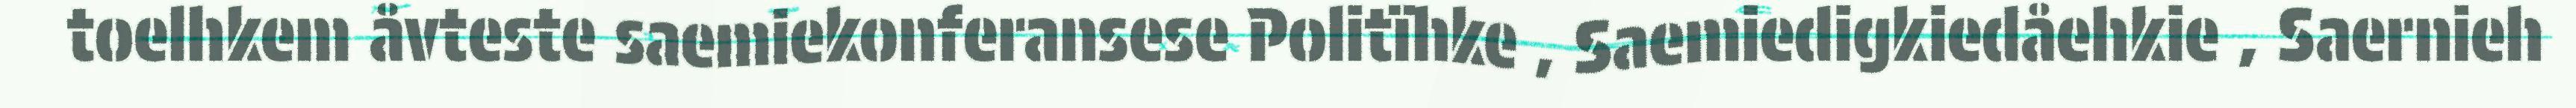
toelhkem åvteste saemiekonferansese Politïhke , Saemiedigkiedåehkie , Saernieh